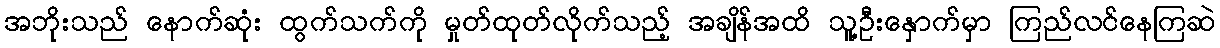
အဘိုးသည် နောက်ဆုံး ထွက်သက်ကို မှုတ်ထုတ်လိုက်သည့် အချိန်အထိ သူ့ဦးနှောက်မှာ ကြည်လင်နေကြဆဲ